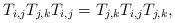
LaTeX: \begin{gather*}T_{i,j}T_{j,k}T_{i,j} = T_{j,k}T_{i,j}T_{j,k},\end{gather*}